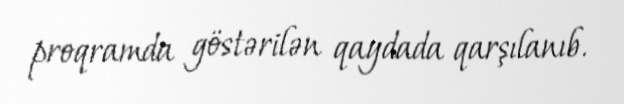
proqramda göstərilən qaydada qarşılanıb.